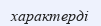
характерді